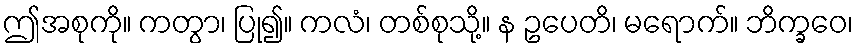
ဤအစုကို။ ကတွာ၊ ပြု၍။ ကလံ၊ တစ်စုသို့။ န ဥပေတိ၊ မရောက်။ ဘိက္ခဝေ၊